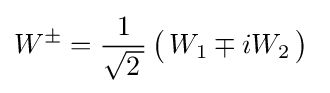
W^{\pm }={\frac {1}{\sqrt {2\,}}}\,{\bigl (}\,W_{1}\mp iW_{2}\,{\bigr )}~